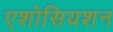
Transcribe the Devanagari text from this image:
एशोसियशन